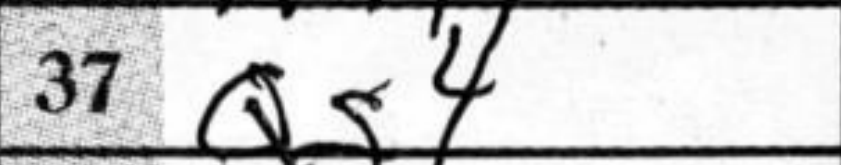
Transcription: Qg4